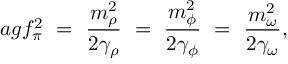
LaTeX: a g f _ { \pi } ^ { 2 } \ = \ \frac { m _ { \rho } ^ { 2 } } { 2 \gamma _ { \rho } } \ = \ \frac { m _ { \phi } ^ { 2 } } { 2 \gamma _ { \phi } } \ = \ \frac { m _ { \omega } ^ { 2 } } { 2 \gamma _ { \omega } } ,